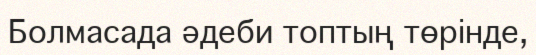
Болмасада әдеби топтың төрінде,